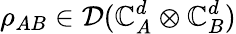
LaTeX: \rho_{AB}\in\mathcal{D}(\mathbb{C}_{A}^{d}\otimes\mathbb{C}_{B}^{d})